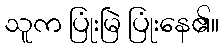
သူက ပြုံးမြဲ ပြုံးနေ၏။